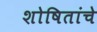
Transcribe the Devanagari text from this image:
शोषितांचे